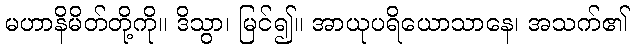
မဟာနိမိတ်တို့ကို။ ဒိသွာ၊ မြင်၍။ အာယုပရိယောသာနေ၊ အသက်၏